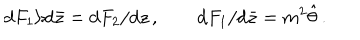
LaTeX: \mathrm { d } F _ { 1 } / \mathrm { d } \bar { z } = \mathrm { d } F _ { 2 } / \mathrm { d } z \, , \qquad \mathrm { d } F _ { 1 } / \mathrm { d } \bar { z } = m ^ { 2 } \hat { \theta } \, .